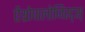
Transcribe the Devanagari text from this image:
ऐंथ्रोपालोजिस्ट्स्